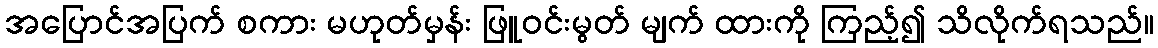
အပြောင်အပြက် စကား မဟုတ်မှန်း ဖြူဝင်းမွတ် မျက် ထားကို ကြည့်၍ သိလိုက်ရသည်။